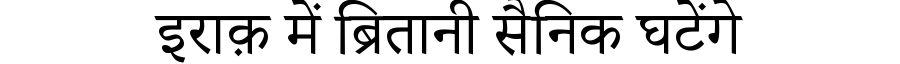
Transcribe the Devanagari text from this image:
इराक़ में ब्रितानी सैनिक घटेंगे